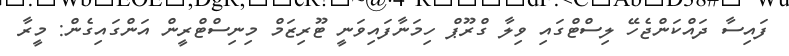
ފައިސާ ދައްކަންޖެހޭ ލިސްޓްގައި ވިލާ ގްރޫޕް ހިމަނާފައިވަނީ ޓޫރިޒަމް މިނިސްޓްރީން އަންގައިގެން: މީރާ